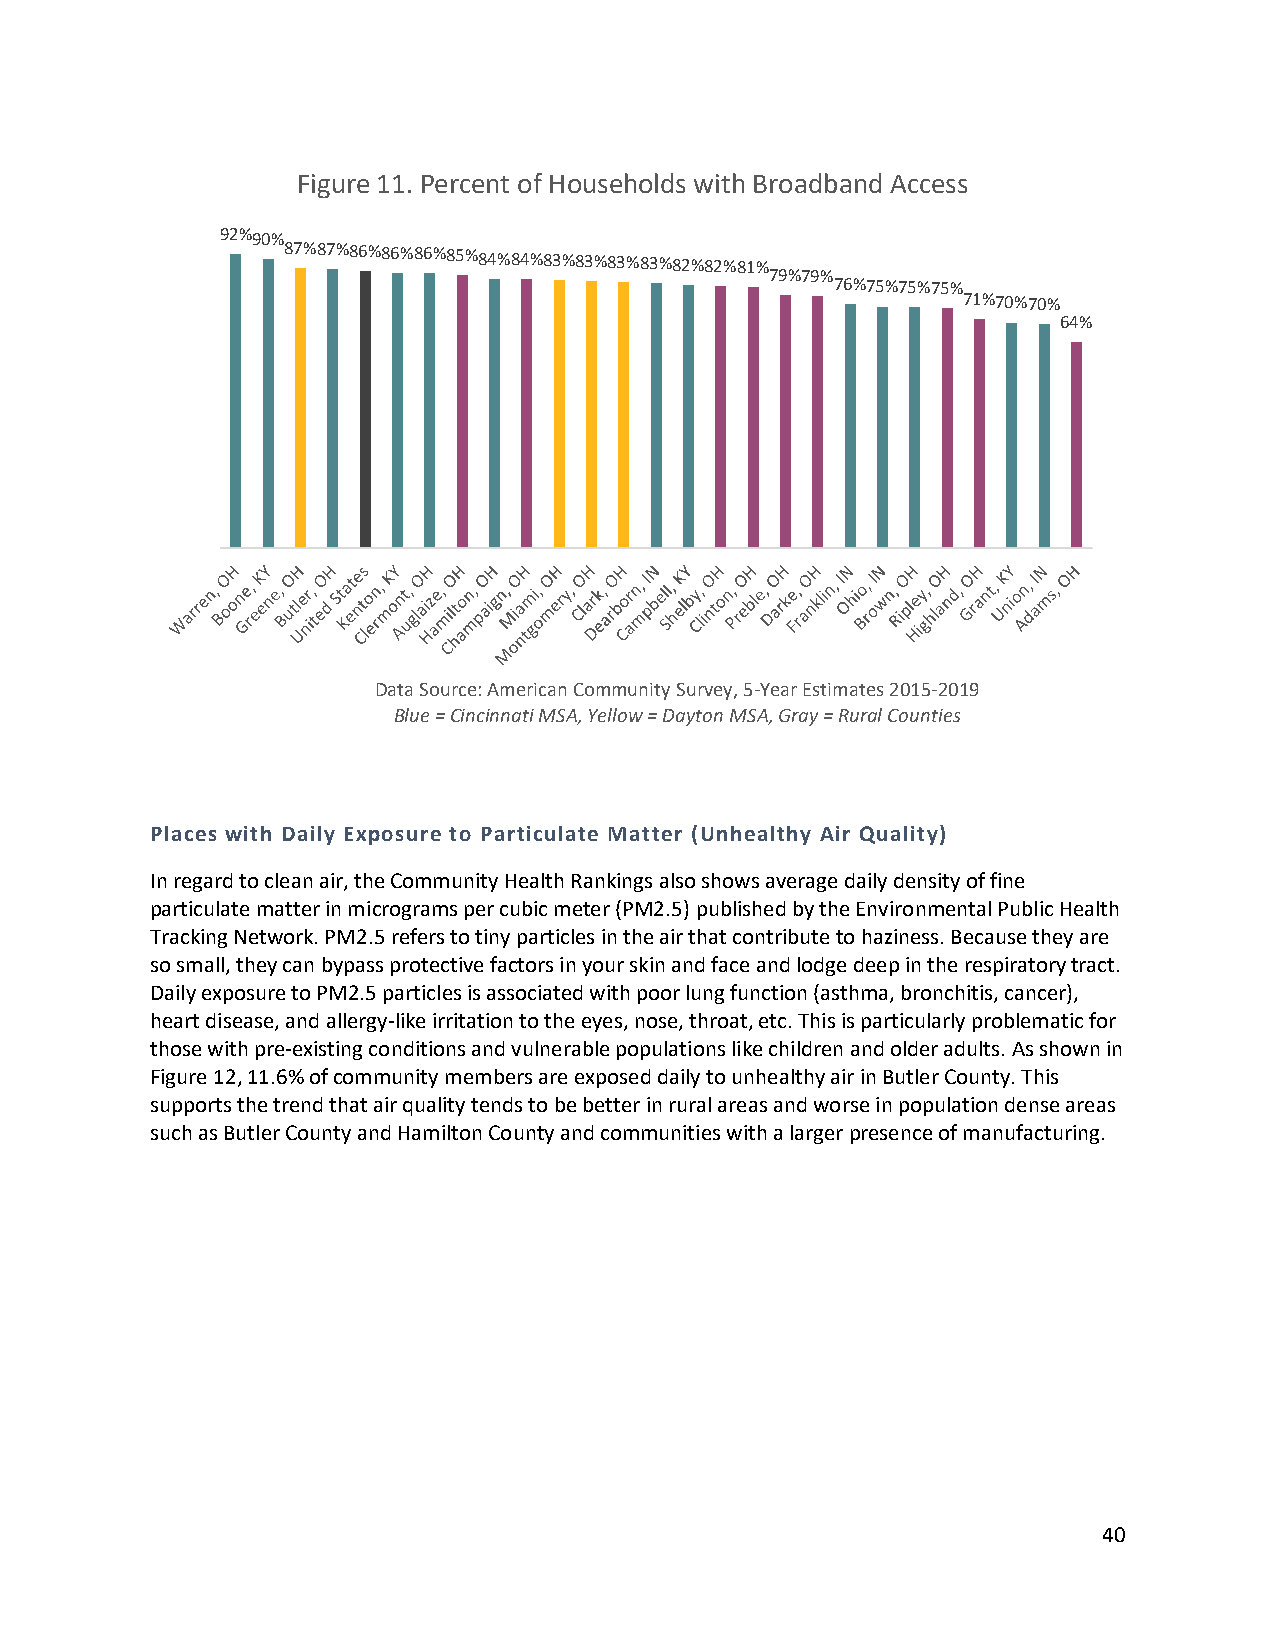
Figure 11. Percent of Households with Broadband Access
 92%90%
 87%87%86%86%86%85%84%84%83%83%83%83%82%82%81%
 79%79%
 76%75%75%75%
 71%70%70%
 64%
 Data Source: American Community Survey, 5-Year Estimates 2015-2019
 Blue = Cincinnati MSA, Yellow = Dayton MSA, Gray = Rural Counties
 Places with Daily Exposure to Particulate Matter (Unhealthy Air Quality)
 In regard to clean air, the Community Health Rankings also shows average daily density of fine
 particulate matter in micrograms per cubic meter (PM2.5) published by the Environmental Public Health
 Tracking Network. PM2.5 refers to tiny particles in the air that contribute to haziness. Because they are
 so small, they can bypass protective factors in your skin and face and lodge deep in the respiratory tract.
 Daily exposure to PM2.5 particles is associated with poor lung function (asthma, bronchitis, cancer),
 heart disease, and allergy-like irritation to the eyes, nose, throat, etc. This is particularly problematic for
 those with pre-existing conditions and vulnerable populations like children and older adults. As shown in
 Figure 12, 11.6% of community members are exposed daily to unhealthy air in Butler County. This
 supports the trend that air quality tends to be better in rural areas and worse in population dense areas
 such as Butler County and Hamilton County and communities with a larger presence of manufacturing.
 40